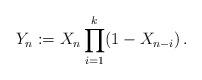
LaTeX: \begin{align*} Y_n:=X_n \prod_{i=1}^k (1-X_{n-i})\,.\end{align*}